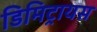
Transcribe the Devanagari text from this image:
डिमिट्रायस